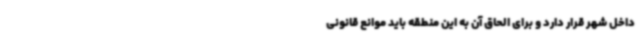
داخل شهر قرار دارد و برای الحاق آن به این منطقه باید موانع قانونی